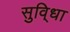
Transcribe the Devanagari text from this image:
सुवि्धा